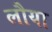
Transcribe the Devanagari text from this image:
लौया